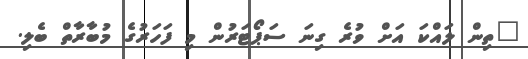
"ތިން ލައްކަ އަށް ވުރެ ގިނަ ސަޕޯޓަރުން މި ފަހަރުގެ މުބާރާތް ބެލި.